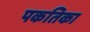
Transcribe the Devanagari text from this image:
पकतिका